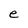
Character: e